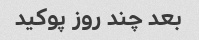
بعد چند روز پوکید